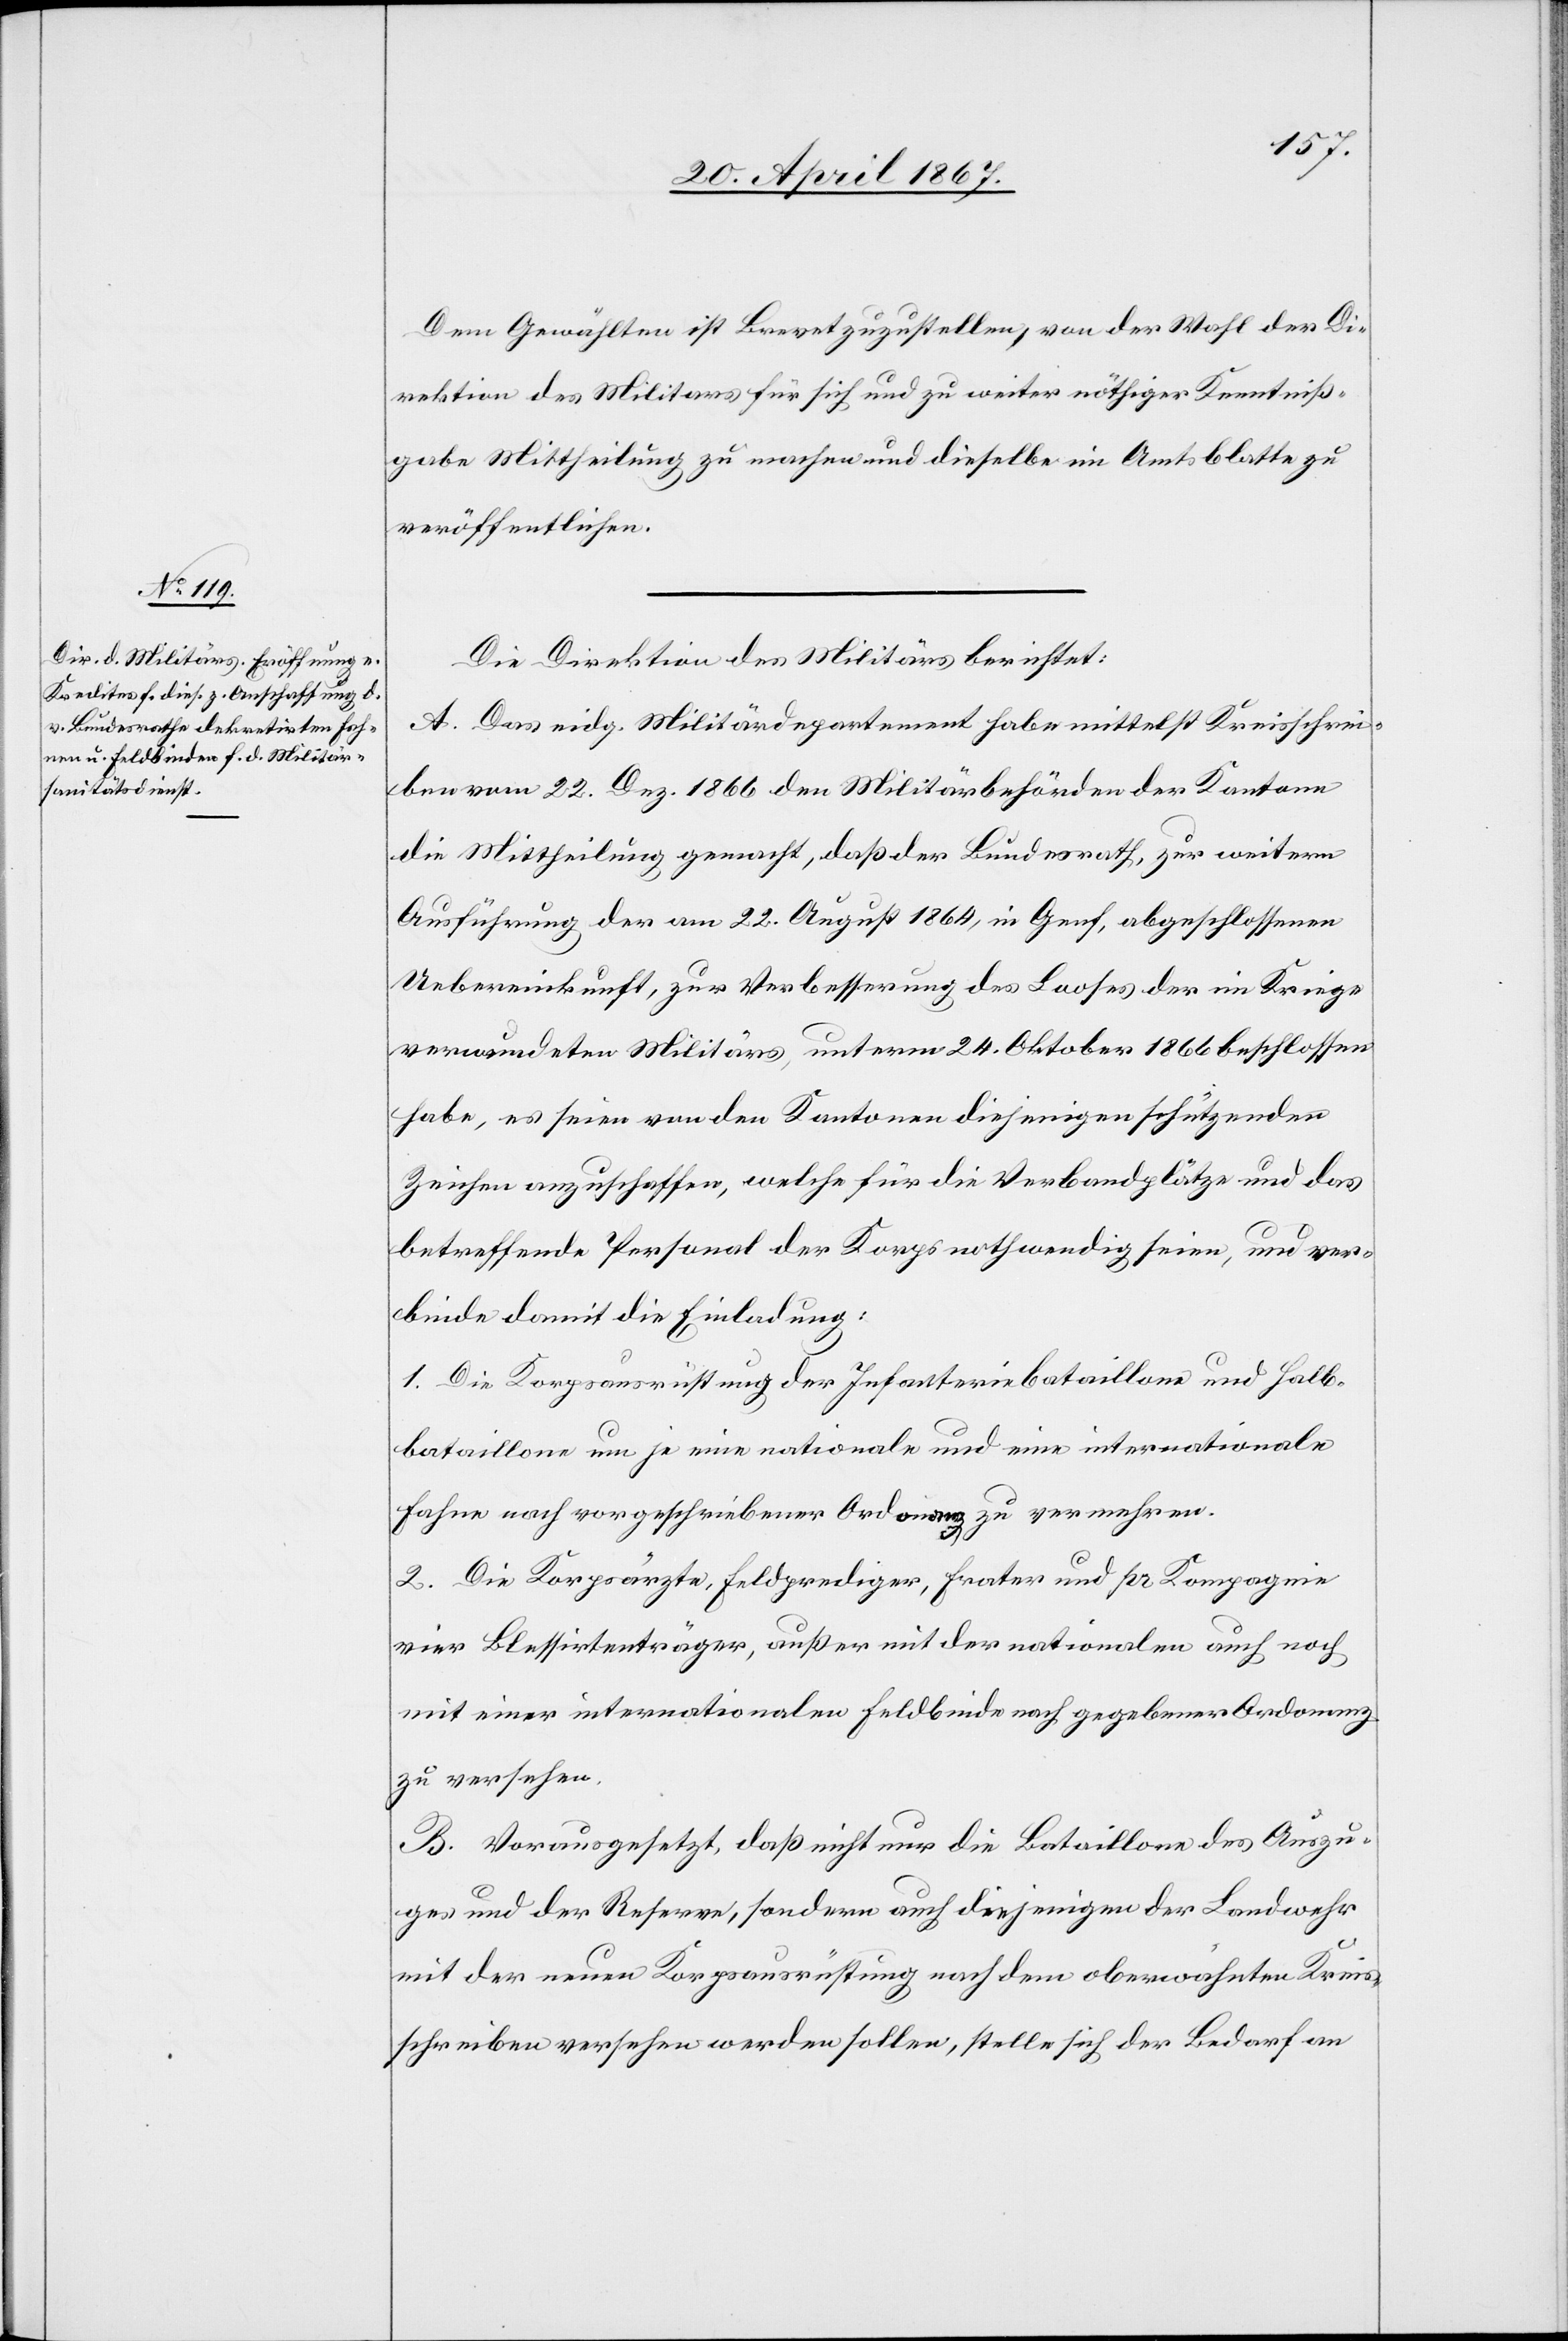
Dem Gewählten ist Brevet zuzustellen, von der Wahl der Di¬
rektion des Militärs für sich und zu weiter nöthiger Kenntniß¬
gabe Mittheilung zu machen und dieselbe im Amtsblatte zu
veröffentlichen.
Die Direktion des Militärs berichtet:
A. Das eidg. Militärdepartement habe mittelst Kreisschrei¬
ben vom 22. Dez. 1866 den Militärbehörden der Kantone
die Mittheilung gemacht, daß der Bundesrath, zur weitern
Ausführung der am 22. August 1864, in Genf, abgeschlossenen
Uebereinkunft, zur Verbesserung des Looses der im Kriege
verwundeten Militärs, unterm 24. Oktober 1866 beschlossen
habe, es seien von den Kantonen diejenigen schützenden
Zeichen anzuschaffen, welche für die Verbandplätze und das
betreffende Personal der Korps nothwendig seien, und ver¬
binde damit die Einladung:
1. Die Korpsausrüstung der Infanteriebataillone und Halb¬
bataillone um je eine nationale und eine internationale
Fahne nach vorgeschriebener Ordnung zu vermehren.
2. Die Korpsärzte, Feldprediger, Frater und pr Kompagnie
vier Blessirtenträger, außer mit der nationalen auch noch
mit einer internationalen Feldbinde nach gegebener Ordnung
zu versehen.
B. Vorausgesetzt, daß nicht nur die Bataillone des Auszu¬
ges und der Reserve, sondern auch diejenigen der Landwehr
mit der neuen Korpsausrüstung nach dem oberwähnten Kreis¬
schreiben verfahren werden sollen, stelle sich der Bedarf an